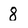
Character: 8